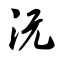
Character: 沅